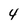
Character: 4